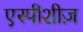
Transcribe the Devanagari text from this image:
एस्पीशीज़